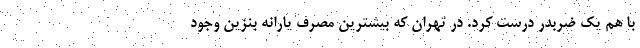
با هم یک ضربدر درست کرد. در تهران که بیشترین مصرف یارانه بنزین وجود